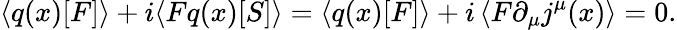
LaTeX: \langle q(x)[F]\rangle+i\langle Fq(x)[S]\rangle=\langle q(x)[F]\rangle+i\left\langle F\partial_{\mu}j^{\mu}(x)\right\rangle=0.